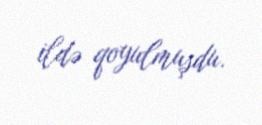
ildə qoyulmuşdu.